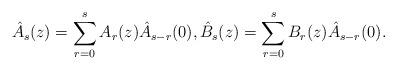
LaTeX: \begin{align*}\hat A_s(z)=\sum_{r=0}^s A_r(z)\hat A_{s-r}(0),\hat B_s(z)=\sum_{r=0}^s B_r(z)\hat A_{s-r}(0) .\end{align*}